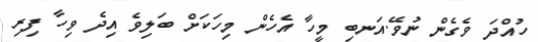
ހުއްދަ ވެގެން ނުވޭ.އަނބި މީހާ އެހެން މިހަކަށް ބަލިވެ އިދެ ވިހާ ފިރި